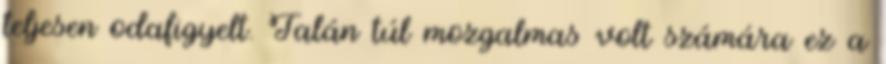
teljesen odafigyelt. Talán túl mozgalmas volt számára ez a